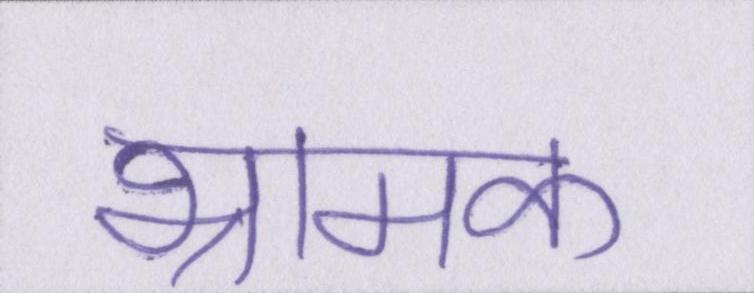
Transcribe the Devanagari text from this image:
भ्रामक